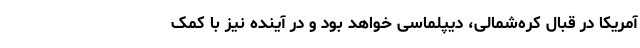
آمریکا در قبال کره‌شمالی، دیپلماسی خواهد بود و در آینده نیز با کمک